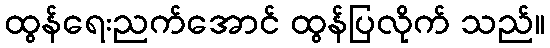
ထွန်ရေးညက်အောင် ထွန်ပြလိုက် သည်။